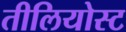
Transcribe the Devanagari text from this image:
तीलियोस्ट